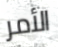
الأمر